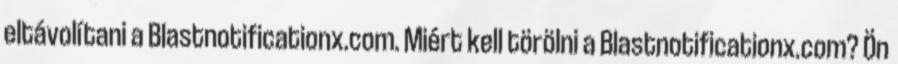
eltávolítani a Blastnotificationx.com. Miért kell törölni a Blastnotificationx.com? Ön